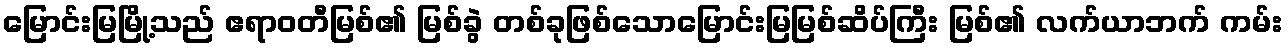
မြောင်းမြမြို့သည် ဧရာဝတီမြစ်၏ မြစ်ခွဲ တစ်ခုဖြစ်သောမြောင်းမြမြစ်ဆိပ်ကြီး မြစ်၏ လက်ယာဘက် ကမ်း